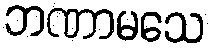
ဘဏာမသေ